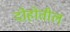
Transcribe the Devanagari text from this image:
दोहोतील